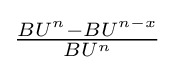
{\tfrac {BU^{n}-BU^{n-x}}{BU^{n}}}